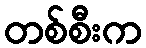
တစ်စီးက